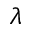
\lambda